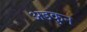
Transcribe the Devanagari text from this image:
अडकुन